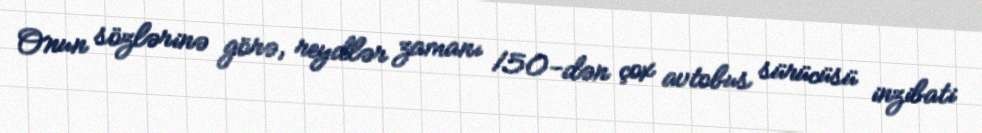
Onun sözlərinə görə, reydlər zamanı 150-dən çox avtobus sürücüsü inzibati